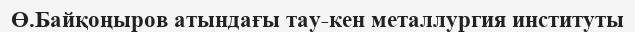
Ө.Байқоңыров атындағы тау-кен металлургия институты